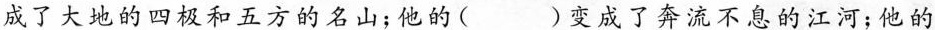
成了大地的四极和五方的名山；他的( )变成了奔流不息的江河；他的